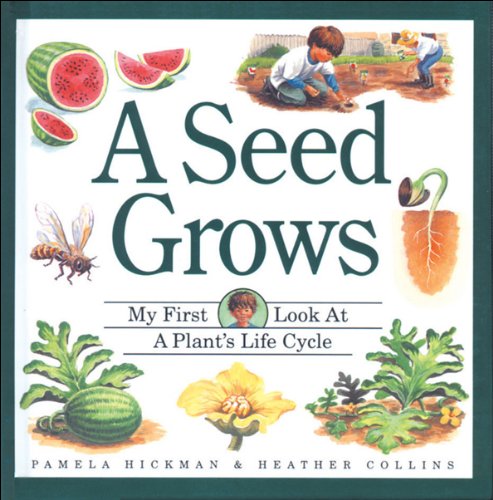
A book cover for Seed Grows, A (My First Look At... Series); Pamela Hickman; Children's Books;